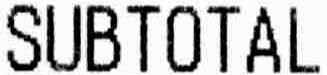
SUBTOTAL